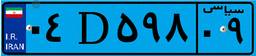
۱۴D۱۸۱۹۰